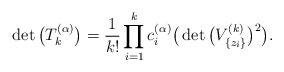
LaTeX: \begin{gather*}\det\big(T^{(\alpha)}_{k}\big)= \frac{1}{k!}\prod_{i=1}^{k}c^{(\alpha)}_{i}\big(\det\big(V^{(k)}_{\{z_{i}\}}\big)^{2}\big). \end{gather*}